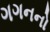
ગગનનો